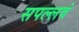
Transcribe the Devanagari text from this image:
सपल्लवं